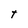
Character: T